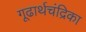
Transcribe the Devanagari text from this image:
गूढार्थचंद्रिका